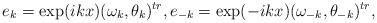
LaTeX: \begin{align*}e_k=\exp(ikx)(\omega_k, \theta_k)^{tr}, e_{-k}=\exp(-ikx)(\omega_{-k}, \theta_{-k})^{tr}, \end{align*}